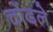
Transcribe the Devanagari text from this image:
चोंदले